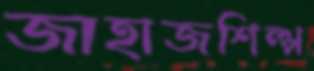
জাহাজশিল্প